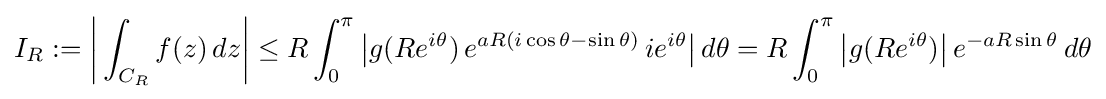
I_{R}:={\biggl |}\int _{C_{R}}f(z)\,dz{\biggr |}\leq R\int _{0}^{\pi }{\bigl |}g(Re^{i\theta })\,e^{aR(i\cos \theta -\sin \theta )}\,ie^{i\theta }{\bigr |}\,d\theta =R\int _{0}^{\pi }{\bigl |}g(Re^{i\theta }){\bigr |}\,e^{-aR\sin \theta }\,d\theta